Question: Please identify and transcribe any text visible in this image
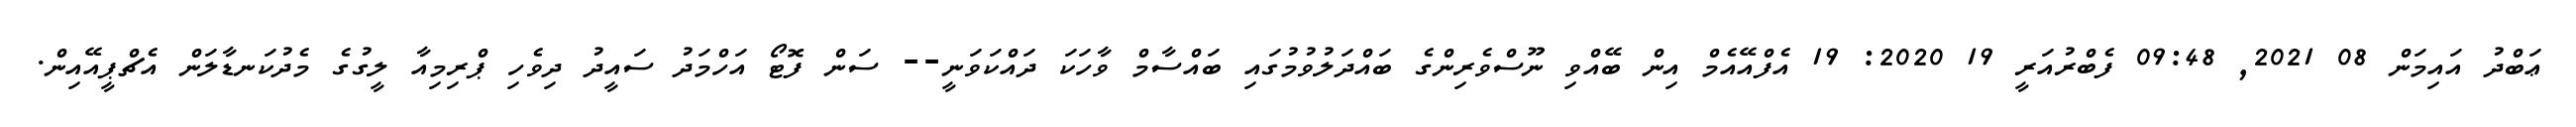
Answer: ޢަބްދު އައިމަން 08 2021, 09:48 ފެބްރުއަރީ 19 2020: 19 އެފްއޭއެމް އިން ބޭއްވި ނޫސްވެރިންގެ ބައްދަލުވުމުގައި ބައްސާމް ވާހަކަ ދައްކަވަނީ-- ސަން ފޮޓޯ އަހްމަދު ސައީދު ދިވެހި ޕްރިމިއާ ލީގުގެ މެދުކަނޑާލަން އެޗްޕީއޭއިން.